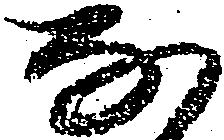
な